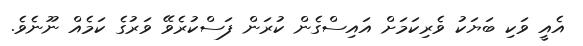
އެއީ ވަކި ބަޔަކު ވެރިކަމަށް އައިސްގެން ކުރަން ފަސްކުރެވޭ ވަރުގެ ކަމެއް ނޫނެވެ.